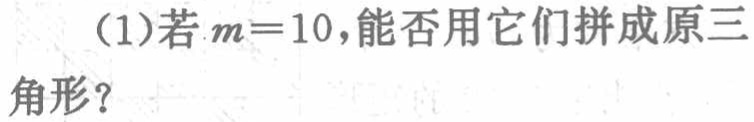
（1）若\(m = 10\)，能否用它们拼成原三角形？